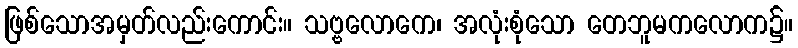
ဖြစ်သောအမှတ်လည်းကောင်း။ သဗ္ဗလောကေ၊ အလုံးစုံသော တေဘူမကလောက၌။